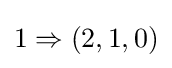
1\Rightarrow (2,1,0)